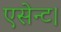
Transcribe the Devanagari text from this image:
एसेन्ट।